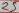
Text: 25